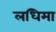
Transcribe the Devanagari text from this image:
लधिमा